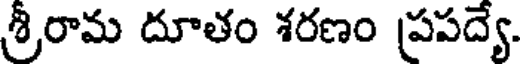
శ్రీరామ దూతం శరణం ప్రపద్యే.